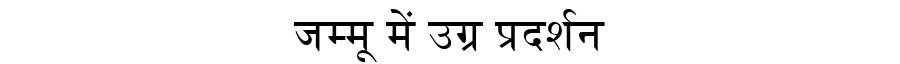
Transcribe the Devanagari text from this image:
जम्मू में उग्र प्रदर्शन